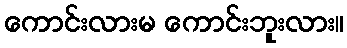
ကောင်းလားမ ကောင်းဘူးလား။